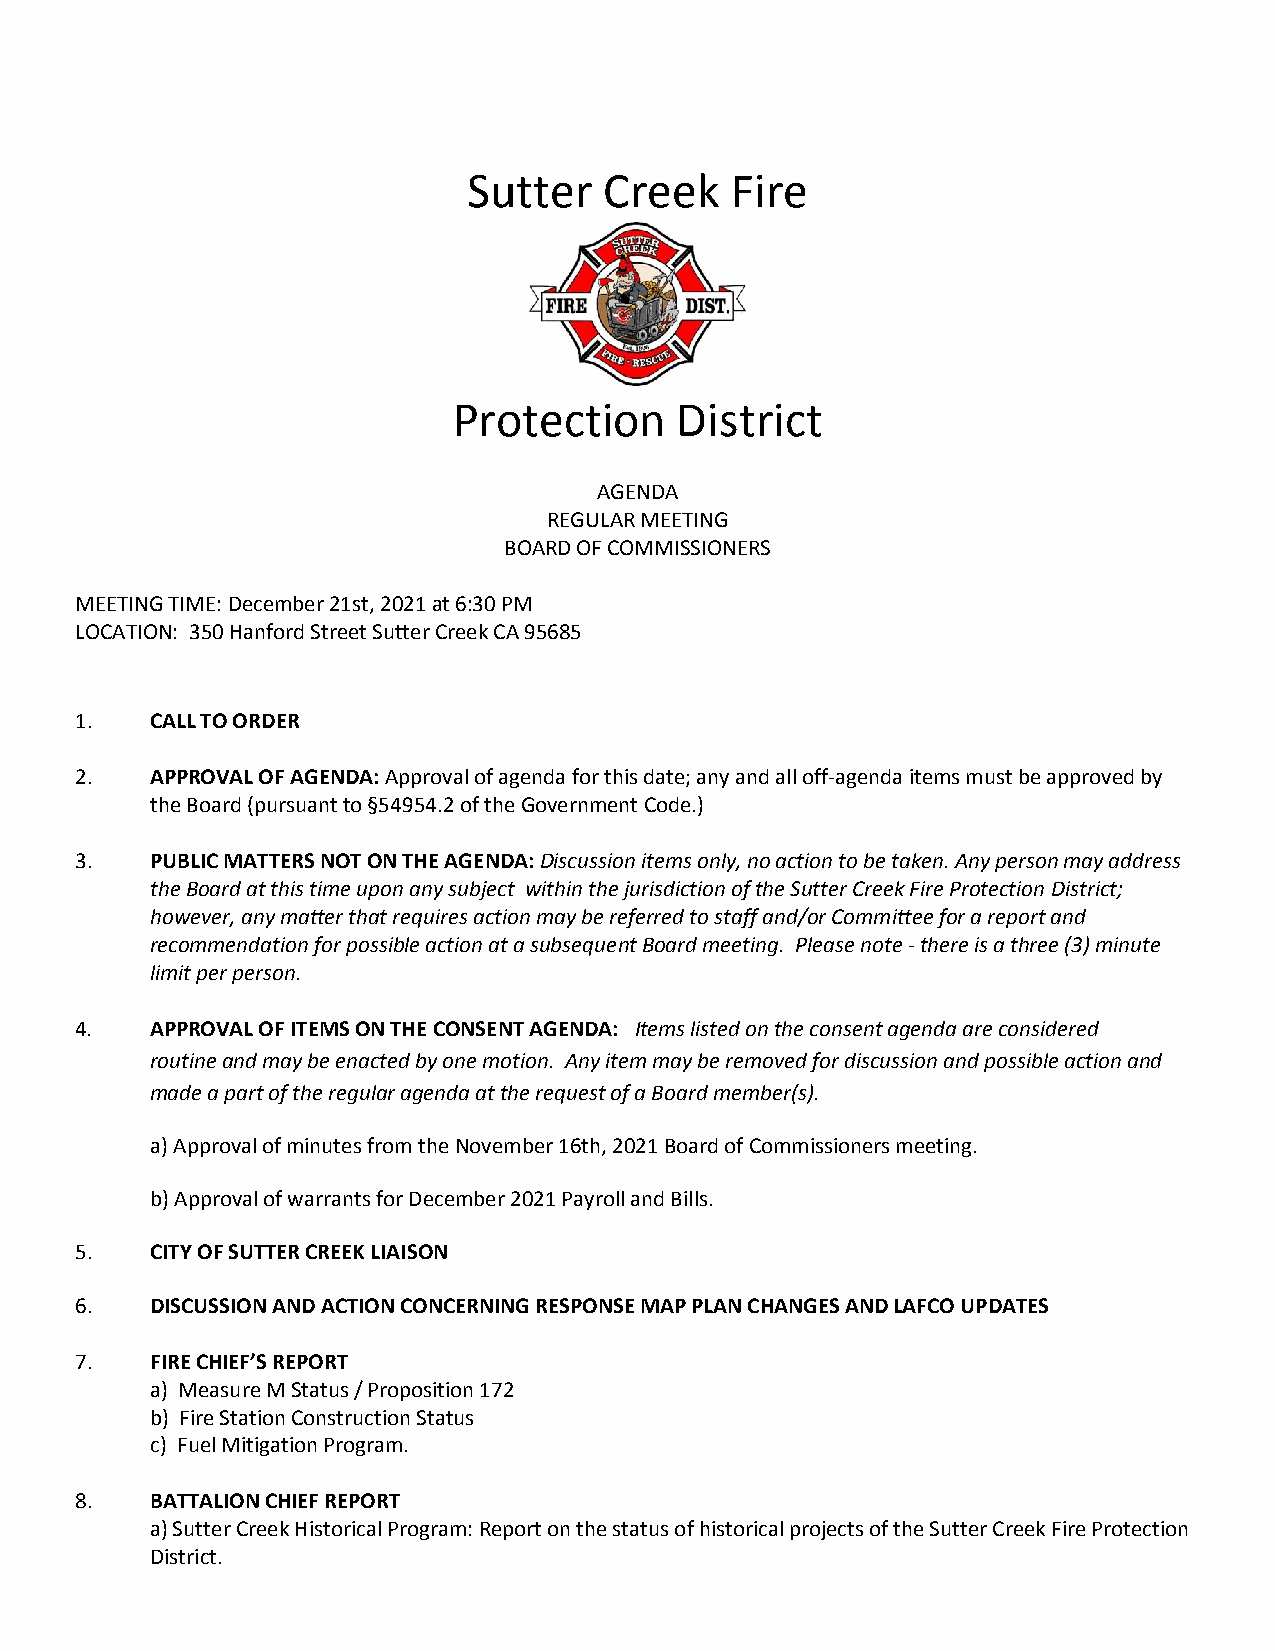
Sutter   Creek   Fire
 Protection     District
 AGENDA
 REGULAR MEETING
 BOARD OF COMMISSIONERS
 MEETING TIME: December 21st, 2021 at 6:30 PM
 LOCATION: 350 Hanford Street Sutter Creek CA 95685
 1.   CALL TO ORDER
 2.   APPROVAL OF AGENDA: Approval of agenda for this date; any and all off-agenda items must be approved by
 the Board (pursuant to §54954.2 of the Government Code.)
 3.   PUBLIC MATTERS NOT ON THE AGENDA: Discussion items only, no action to be taken. Any person may address
 the Board at this time upon any subject within the jurisdiction of the Sutter Creek Fire Protection District;
 however, any matter that requires action may be referred to staff and/or Committee for a report and
 recommendation for possible action at a subsequent Board meeting. Please note - there is a three (3) minute
 limit per person.
 4.   APPROVAL OF ITEMS ON THE CONSENT AGENDA: Items listed on the consent agenda are considered
 routine and may be enacted by one motion. Any item may be removed for discussion and possible action and
 made a part of the regular agenda at the request of a Board member(s).
 a) Approval of minutes from the November 16th, 2021 Board of Commissioners meeting.
 b) Approval of warrants for December 2021 Payroll and Bills.
 5.   CITY OF SUTTER CREEK LIAISON
 6.   DISCUSSION AND ACTION CONCERNING RESPONSE MAP PLAN CHANGES AND LAFCO UPDATES
 7.   FIRE CHIEF’S REPORT
 a) Measure M Status / Proposition 172
 b) Fire Station Construction Status
 c) Fuel Mitigation Program.
 8.   BATTALION CHIEF REPORT
 a) Sutter Creek Historical Program: Report on the status of historical projects of the Sutter Creek Fire Protection
 District.